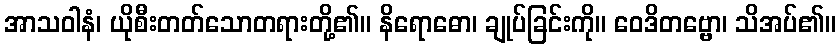
အာသဝါနံ၊ ယိုစီးတတ်သောတရားတို့၏။ နိရောဓော၊ ချုပ်ခြင်းကို။ ဝေဒိတဗ္ဗော၊ သိအပ်၏။